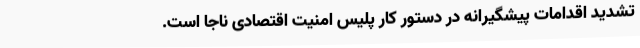
تشدید اقدامات پیشگیرانه در دستور کار پلیس امنیت اقتصادی ناجا است.